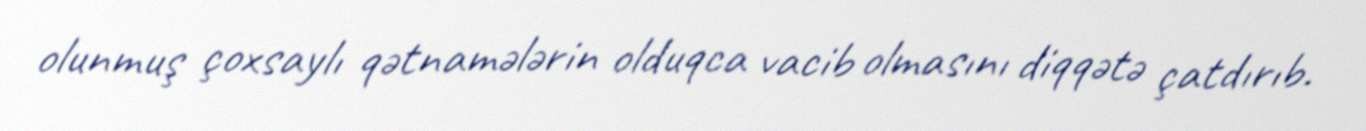
olunmuş çoxsaylı qətnamələrin olduqca vacib olmasını diqqətə çatdırıb.